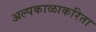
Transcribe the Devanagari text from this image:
अल्पकाळाकरिता